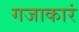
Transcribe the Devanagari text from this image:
गजाकारं